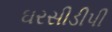
ઘરસીડીપી